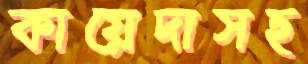
কায়েদাসহ